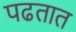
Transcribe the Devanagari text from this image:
पढतात